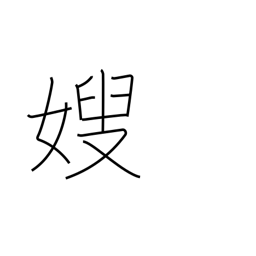
Meaning: elder brother's wife